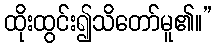
ထိုးထွင်း၍သိတော်မူ၏။”